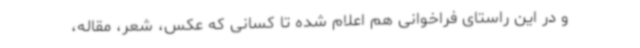
و در این راستای فراخوانی هم اعلام شده تا کسانی که عکس، شعر، مقاله،